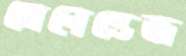
মেনেন্ডেজ